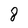
Character: 8